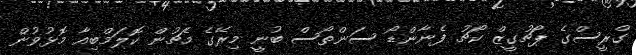
ގްރީސްގެ ޕޯޗުގީޒް ކޯޗު ފެނާންޑޯ ސަންތޯސް ބުނީ މިރޭގެ މެޗުން ކޮލަމްބިއާ މޮޅުވުން